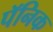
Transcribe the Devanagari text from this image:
पॅनिक